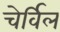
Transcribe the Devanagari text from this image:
चेर्विल